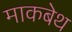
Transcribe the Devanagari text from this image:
माकबेथ